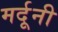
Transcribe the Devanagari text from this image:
मर्दूनी